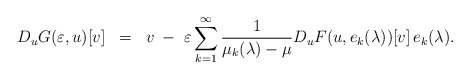
\begin{align*}D_uG(\varepsilon, u)[v] \; \; = \; \; v \; - \; \varepsilon \sum_{k=1}^\infty \frac{1}{\mu_k(\lambda) - \mu} D_uF(u, e_k(\lambda))[v]\, e_k(\lambda).\end{align*}